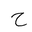
Letter: _ha